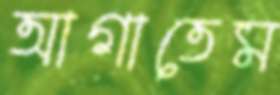
আগাতেম